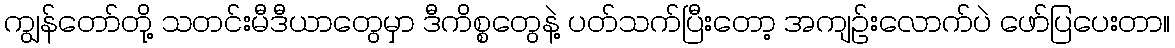
ကျွန်တော်တို့ သတင်းမီဒီယာတွေမှာ ဒီကိစ္စတွေနဲ့ ပတ်သက်ပြီးတော့ အကျဉ်းလောက်ပဲ ဖော်ပြပေးတာ။